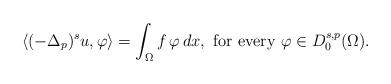
LaTeX: \begin{align*}\langle (-\Delta_p)^s u, \varphi\rangle=\int_{\Omega}f\,\varphi\, dx,\mbox{ for every } \varphi\in D^{s,p}_0(\Omega).\end{align*}